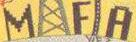
MAFIA